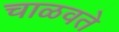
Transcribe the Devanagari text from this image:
चाळवते